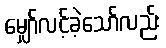
မျှော်လင့်ခဲ့သော်လည်း